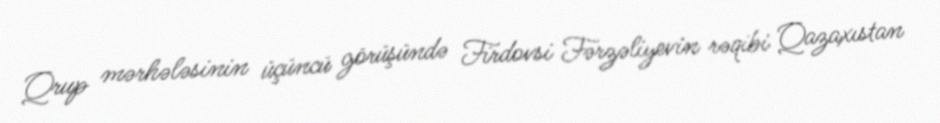
Qrup mərhələsinin üçüncü görüşündə Firdovsi Fərzəliyevin rəqibi Qazaxıstan